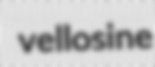
vellosine